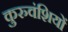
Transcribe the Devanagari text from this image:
कुरुवंशियों